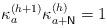
LaTeX: \begin{align*}\kappa _{a}^{\left( h+1\right) }\kappa _{a+\mathsf{N}}^{\left( h\right) }=1\end{align*}